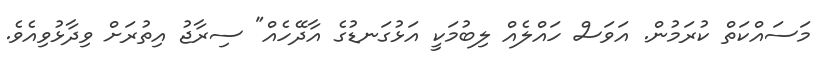
މަސައްކަތް ކުރަމުން. އަވަސް ހައްލެއް ލިބުމަކީ އަޅުގަނޑުގެ އާދޭހެއް" ސިރާޖު އިތުރަށް ވިދާޅުވިިއެވެ.